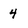
Character: 4